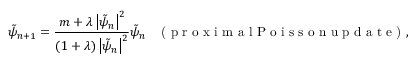
\tilde { \psi } _ { n + 1 } = \frac { m + \lambda \left| \tilde { \psi } _ { n } \right| ^ { 2 } } { \left( 1 + \lambda \right) \left| \tilde { \psi } _ { n } \right| ^ { 2 } } \tilde { \psi } _ { n } \; \; \; \textrm { ( p r o x i m a l P o i s s o n u p d a t e ) } ,